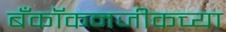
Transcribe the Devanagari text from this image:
बँकॉकनजीकच्या